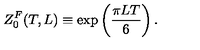
Z _ { 0 } ^ { F } ( T , L ) \equiv \exp \left( \frac { \pi L T } { 6 } \right) .